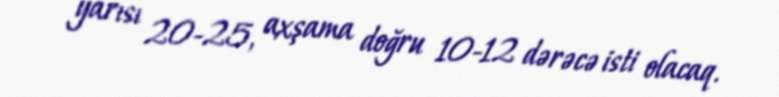
yarısı 20-25, axşama doğru 10-12 dərəcə isti olacaq.